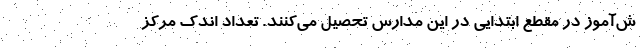
ش‌آموز در مقطع ابتدایی در این مدارس تحصیل می‌کنند. تعداد اندک مرکز